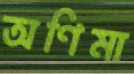
অণিমা